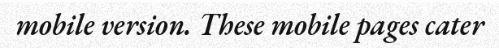
mobile version. These mobile pages cater